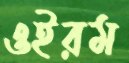
ওইরম